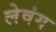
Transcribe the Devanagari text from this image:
लेवंग